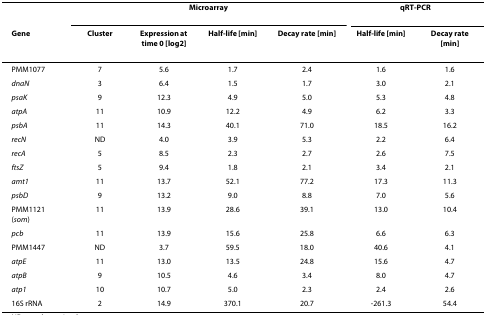
|  | <COLSPAN=4> Microarray | <COLSPAN=2> qRT-PCR |
 | Gene | Cluster | Expression at time 0 [log2] | Half-life [min] | Decay rate [min] | Half-life [min] | Decay rate [min] |
 | --- | --- | --- | --- | --- | --- | --- |
 | PMM1077 | 7 | 5.6 | 1.7 | 2.4 | 1.6 | 1.6 |
 | dnaN | 3 | 6.4 | 1.5 | 1.7 | 3.0 | 2.1 |
 | psaK | 9 | 12.3 | 4.9 | 5.0 | 5.3 | 4.8 |
 | atpA | 11 | 10.9 | 12.2 | 4.9 | 6.2 | 3.3 |
 | psbA | 11 | 14.3 | 40.1 | 71.0 | 18.5 | 16.2 |
 | recN | ND | 4.0 | 3.9 | 5.3 | 2.2 | 6.4 |
 | recA | 5 | 8.5 | 2.3 | 2.7 | 2.6 | 7.5 |
 | ftsZ | 5 | 9.4 | 1.8 | 2.1 | 3.4 | 2.1 |
 | amt1 | 11 | 13.7 | 52.1 | 77.2 | 17.3 | 11.3 |
 | psbD | 9 | 13.2 | 9.0 | 8.8 | 7.0 | 5.6 |
 | PMM1121 (som) | 11 | 13.9 | 28.6 | 39.1 | 13.0 | 10.4 |
 | pcb | 11 | 13.9 | 15.6 | 25.8 | 6.6 | 6.3 |
 | PMM1447 | ND | 3.7 | 59.5 | 18.0 | 40.6 | 4.1 |
 | atpE | 11 | 13.0 | 13.5 | 24.8 | 15.6 | 4.7 |
 | atpB | 9 | 10.5 | 4.6 | 3.4 | 8.0 | 4.7 |
 | atp1 | 10 | 10.7 | 5.0 | 2.3 | 2.4 | 2.6 |
 | 16S rRNA | 2 | 14.9 | 370.1 | 20.7 | -261.3 | 54.4 |